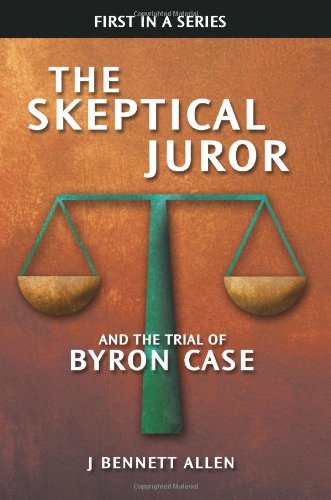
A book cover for The Skeptical Juror and the Trial of Byron Case; J BENNETT ALLEN; Law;